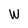
Character: W